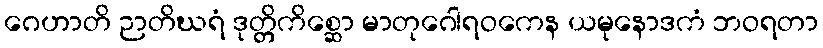
ဂေဟာတိ ဉာတိဃရံ ဒုတ္တိကိစ္ဆော မာတုဂေါရဝကေန ယမုနောဒကံ ဘဝရတာ